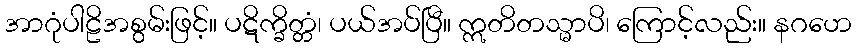
အာဂုံပါဠိအစွမ်းဖြင့်။ ပဋိက္ခိတ္တံ၊ ပယ်အပ်ပြီ။ ဣတိတသ္မာပိ၊ ကြောင့်လည်း။ နဂဟေ